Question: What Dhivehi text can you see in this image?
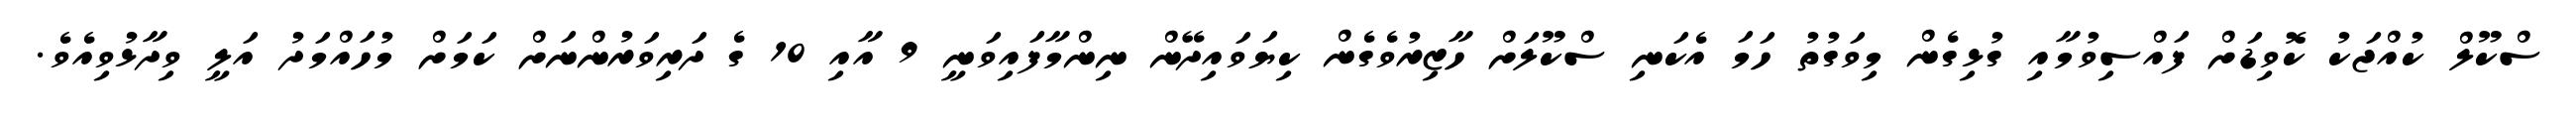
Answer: ސްކޫލް ކުއްޖަކު ކޮވިޑަށް ފައްސިވުމާއި ގުޅިގެން މިވަގުތު ހަމަ އެކަނި ސްކޫލަށް ހާޒިރުވެގެން ކިޔަވައިދޭން ނިންމާފައިވަނީ 9 އާއި 10 ގެ ދަރިވަރުންނަށް ކަމަށް މުހައްމަދު އަލީ ވިދާޅުވިއެވެ.